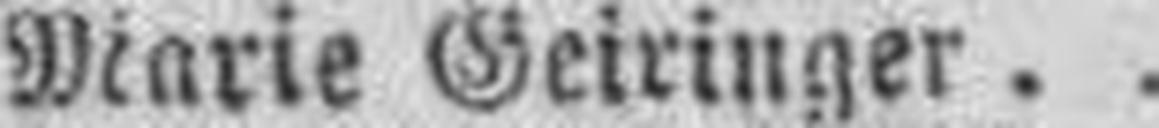
Marie Geiringer.